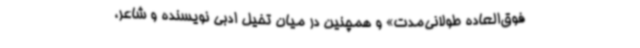
فوق‌العاده طولانی‌مدت» و همچنین در میان تخیل ادبی نویسنده و شاعر،